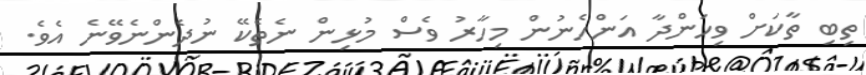
ތިބި ތާކަށް ވިހަންދާ އަންހެނުން މިހާރު ވެސް މުޅިން ނެތެކޭ ނުދެންނެވޭނެ އެވެ.